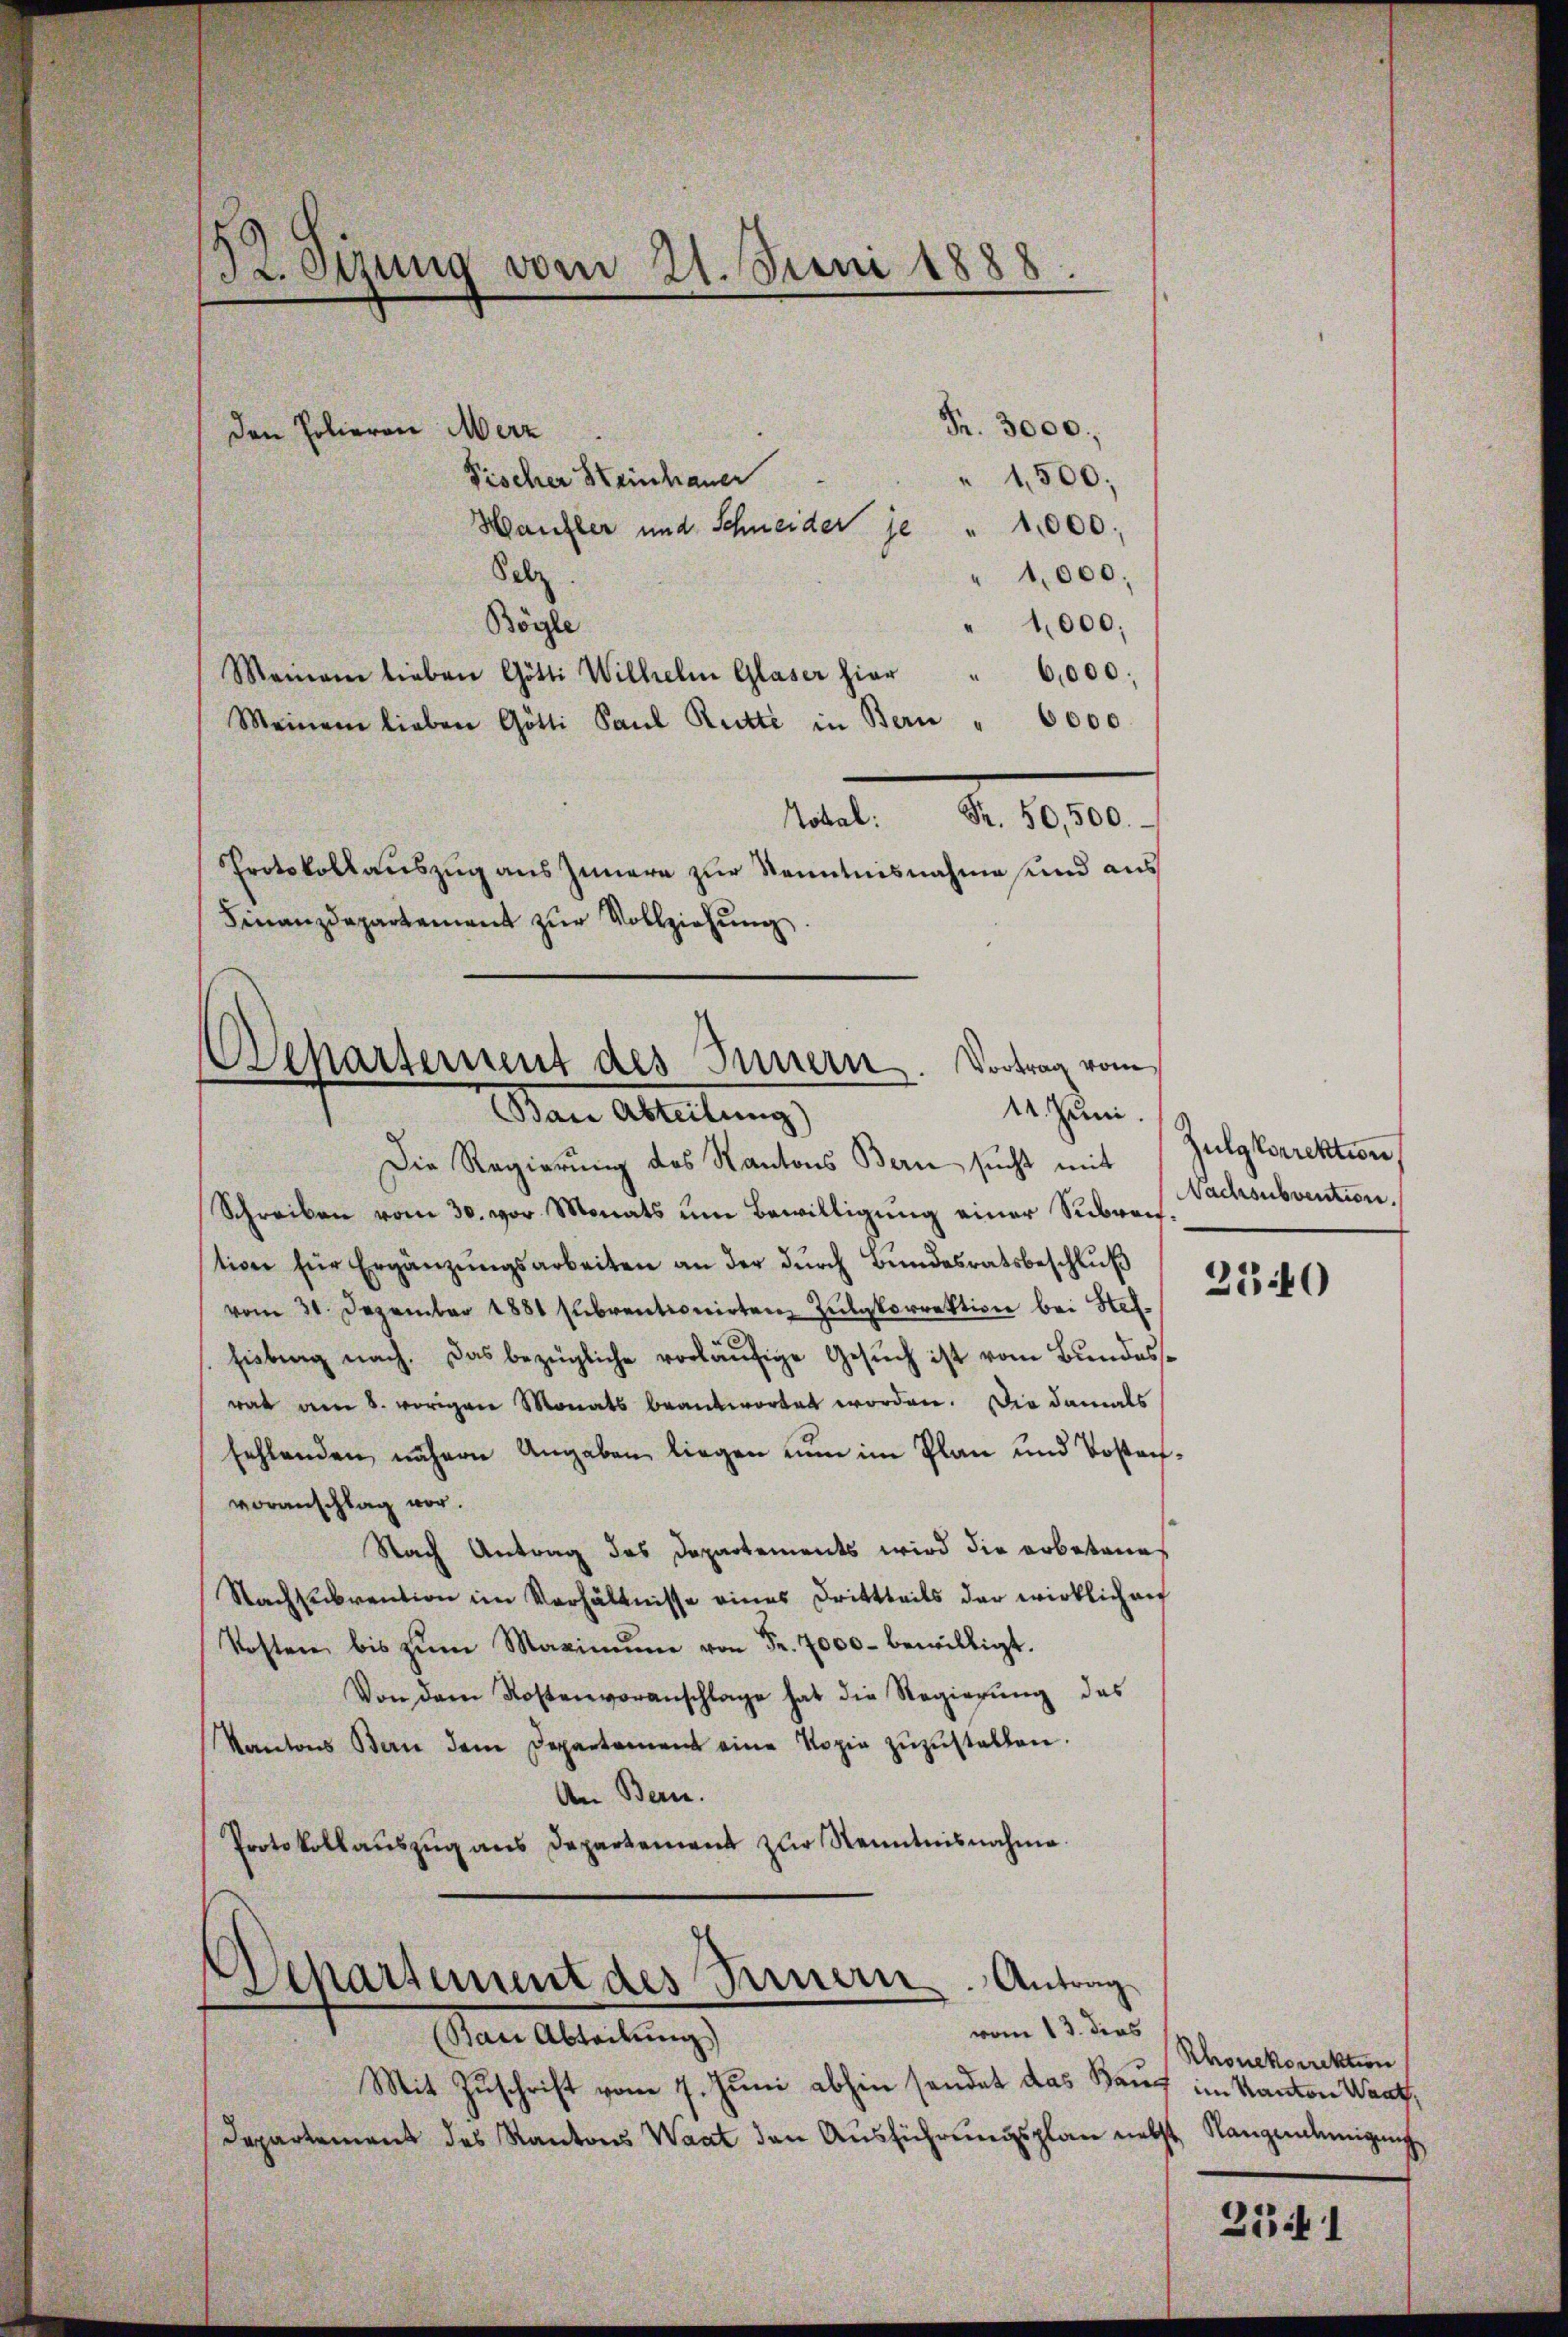
Pr. Sizung vom 21. Juni 1888.

Fr. 3000.,
Den Polieron Merz
" 1,500;
Fischer Heinhauer
Hanzler und Schneider je " 1000.
Selz.
1,000;
Bögle
" 1,000;
Meinem lieben Götti Wilhelm Glaser hier " 6,000;
Meinem lieben Götti Paul Ritte in Bern " 6000
Fr. 50,500.
Robal:
Protokollauszug aus Innern zur Kenntnisnahme und aus
Finanzdepartement zŭr Vollziehung
Die Regierung des Kantons Bern sucht mit
Schreiben vom 30. vor Monats um Bewilligung einer Subre-Wachsubvention.
stion für Ergänzŭngsarbeiten an der dŭrch Bŭndesratsbeschlŭβ
vom 31. Dezember 1881 subventionirten Zŭlgkorrektion bei Stel-
hiebung nach. Das bezügliche vorläŭfige Gesŭch ist vom Bŭndes-
rat am 8. vorigen Monats beantwortet worden. Die damals
fehlenden nähern Angaben liegen nun im Plan und Vostan
voranschlag vor.
Nach Antrag das Departements wird die erbetenes
Nachsubvention im Verhältnisse eines Drittheils der wirklich au
Kosten bis zŭm Maximŭm von Fr. 7000. bewilligt.
Von dem Kostenvoranschlage hat die Regierŭng des
Kantons Bern dem Departament eine Kopia zŭzŭstellen.
An Bern.
Protokollauszug aus Departement zur Kenntnisnahme.

Departement des Innern. Vortrag vom
14. Juni.
Man Abteilung

Departement des Bernern. Antrag
vom 13. dies

(Bani Abteilung
Mit Zuschrift vom 7. Juni abhin sendet das Bauf im Kanton Wart,
Departement des Kantons Waat den Ausführungsplan nebst Rangenehmigung

Zulgkorrektion

2540

Rhonekdirektion

25 f 1